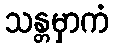
သန္တမှာကံ